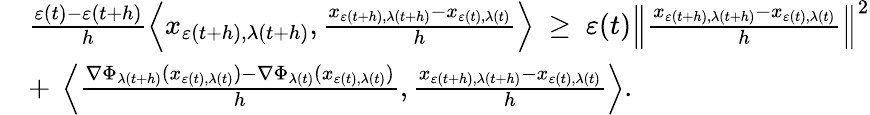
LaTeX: \begin{array}{rl}&{\frac{\varepsilon(t)-\varepsilon(t+h)}{h}\left\langle x_{\varepsilon(t+h),\lambda(t+h)},\frac{x_{\varepsilon(t+h),\lambda(t+h)}-x_{\varepsilon(t),\lambda(t)}}{h}\right\rangle\ \geq\ \varepsilon(t)\left\| \frac{x_{\varepsilon(t+h),\lambda(t+h)}-x_{\varepsilon(t),\lambda(t)}}{h}\right\| ^{2}}\\ &{+\ \left\langle\frac{\nabla\Phi_{\lambda(t+h)}(x_{\varepsilon(t),\lambda(t)})-\nabla\Phi_{\lambda(t)}(x_{\varepsilon(t),\lambda(t)})}{h},\frac{x_{\varepsilon(t+h),\lambda(t+h)}-x_{\varepsilon(t),\lambda(t)}}{h}\right\rangle.}\end{array}